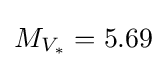
M_{V_{\ast }}=5.69